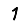
Digit: 1